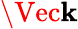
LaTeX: \Vec{\mathbf{k}}